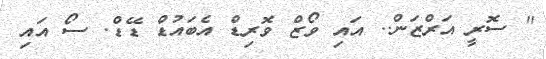
" ސޮރީ އަރްޒަން.. އައި ވޯޒް ވޮރިޑް އެބައުޑް ޑޭޑް. ސޯ އައި